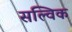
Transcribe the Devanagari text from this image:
सल्विक